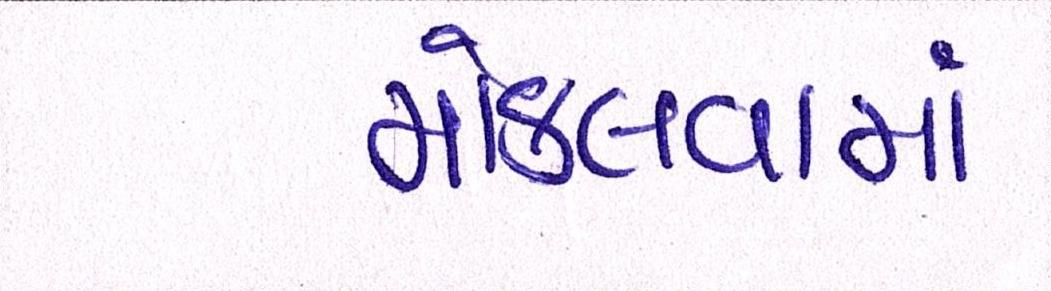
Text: મોકલવામાં